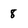
Character: 8